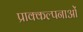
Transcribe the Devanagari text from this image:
प्राक्कल्पनाओं